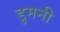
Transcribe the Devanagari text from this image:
डुमनी